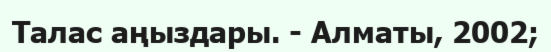
Талас аңыздары. - Алматы, 2002;